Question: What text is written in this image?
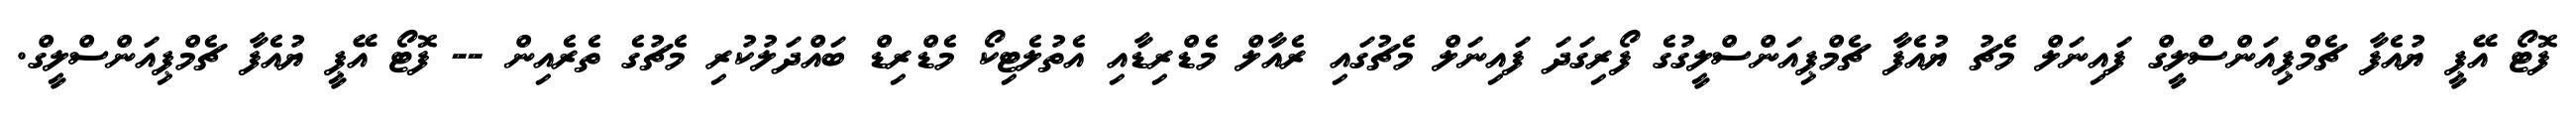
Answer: ފޮޓޯ އޭޕީ ޔުއެފާ ޗެމްޕިއަންސްލީގް ފައިނަލް މެޗު ޔުއެފާ ޗެމްޕިއަންސްލީގުގެ ފޯރިގަދަ ފައިނަލް މެޗުގައި ރެއާލް މެޑްރިޑާއި އެތުލެޓިކޯ މެޑްރިޑް ބައްދަލުކުރި މެޗުގެ ތެރެއިން -- ފޮޓޯ އޭޕީ ޔުއެފާ ޗެމްޕިއަންސްލީގް.